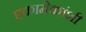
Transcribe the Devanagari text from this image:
एकामेकांशी